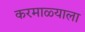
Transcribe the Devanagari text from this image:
करमाळ्याला